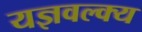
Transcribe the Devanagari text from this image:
यज्ञवल्क्य